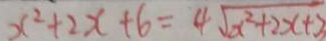
x ^ { 2 } + 2 x + 6 = 4 \sqrt { x ^ { 2 } + 2 x + 2 }